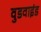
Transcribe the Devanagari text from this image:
वुडवाइंड